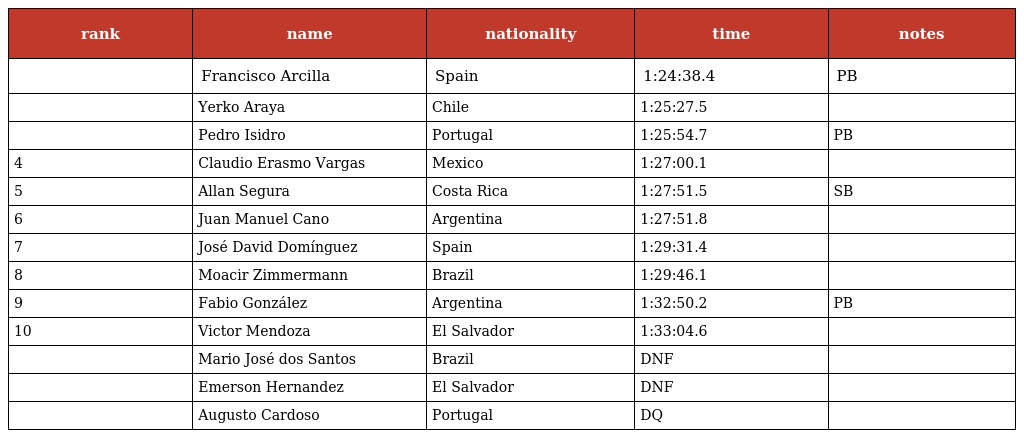
| rank | name | nationality | time | notes |
 | --- | --- | --- | --- | --- |
 |  | Francisco Arcilla | Spain | 1:24:38.4 | PB |
 |  | Yerko Araya | Chile | 1:25:27.5 |  |
 |  | Pedro Isidro | Portugal | 1:25:54.7 | PB |
 | 4 | Claudio Erasmo Vargas | Mexico | 1:27:00.1 |  |
 | 5 | Allan Segura | Costa Rica | 1:27:51.5 | SB |
 | 6 | Juan Manuel Cano | Argentina | 1:27:51.8 |  |
 | 7 | José David Domínguez | Spain | 1:29:31.4 |  |
 | 8 | Moacir Zimmermann | Brazil | 1:29:46.1 |  |
 | 9 | Fabio González | Argentina | 1:32:50.2 | PB |
 | 10 | Victor Mendoza | El Salvador | 1:33:04.6 |  |
 |  | Mario José dos Santos | Brazil | DNF |  |
 |  | Emerson Hernandez | El Salvador | DNF |  |
 |  | Augusto Cardoso | Portugal | DQ |  |